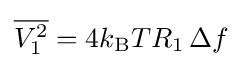
{\overline {V_{1}^{2}}}=4k_{\text{B}}T{R_{1}}\,\Delta f